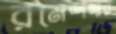
রমেশদার